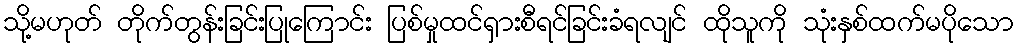
သို့မဟုတ် တိုက်တွန်းခြင်းပြုကြောင်း ပြစ်မှုထင်ရှားစီရင်ခြင်းခံရလျင် ထိုသူကို သုံးနှစ်ထက်မပိုသော